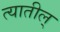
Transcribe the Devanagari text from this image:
त्यातील्